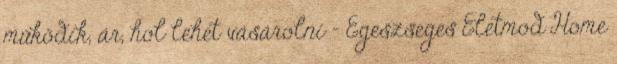
működik, ár, hol lehet vásárolni - Egeszseges Eletmod Home